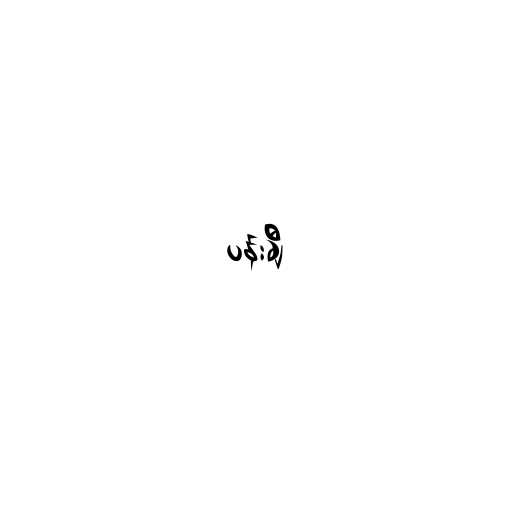
ပန်းချီ